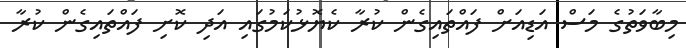
މިބާވަތުގެ މަސް އަޑިއަށް ފައްތައިގެން ކުރާ ކެޔޮޅުކަމުގައި އަދި ކޮށި ފައްތައިގެން ކުރާ